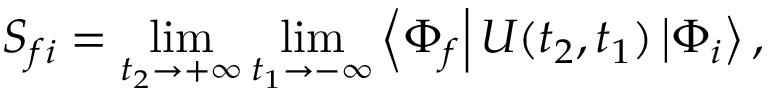
S _ { f i } = \operatorname* { l i m } _ { t _ { 2 } \rightarrow + \infty } \operatorname* { l i m } _ { t _ { 1 } \rightarrow - \infty } \left\langle \Phi _ { f } \right| U ( t _ { 2 } , t _ { 1 } ) \left| \Phi _ { i } \right\rangle ,